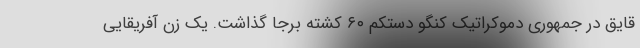
قایق در جمهوری دموکراتیک کنگو دستکم ۶۰ کشته برجا گذاشت. یک زن آفریقایی